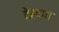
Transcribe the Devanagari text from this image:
देखाय